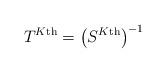
LaTeX: \begin{align*} T^{K\textnormal{th}}=\left(S^{K\textnormal{th}}\right)^{-1} \end{align*}